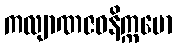
ကလျာဏဇဝနိက္ကမော